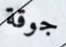
جوقة